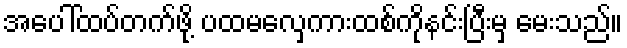
အပေါ်ထပ်တက်ဖို့ ပထမလှေကားထစ်ကိုနင်းပြီးမှ မေးသည်။